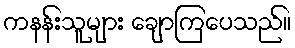
ကနန်းသူများ ချောကြပေသည်။